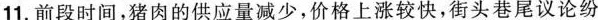
11.前段时间，猪肉的供应量减少，价格上涨较快，街头巷尾议论纷